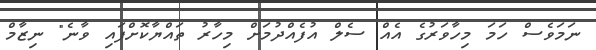
ނަމަވެސް ހަމަ މިހާވަރުގެ އެއް ސެލް އުފެއްދުމަށް މިހާރު ތައްޔާކޮށްފައި ވާނެ" ނިޒާމް